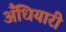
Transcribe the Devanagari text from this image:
अँधियारी